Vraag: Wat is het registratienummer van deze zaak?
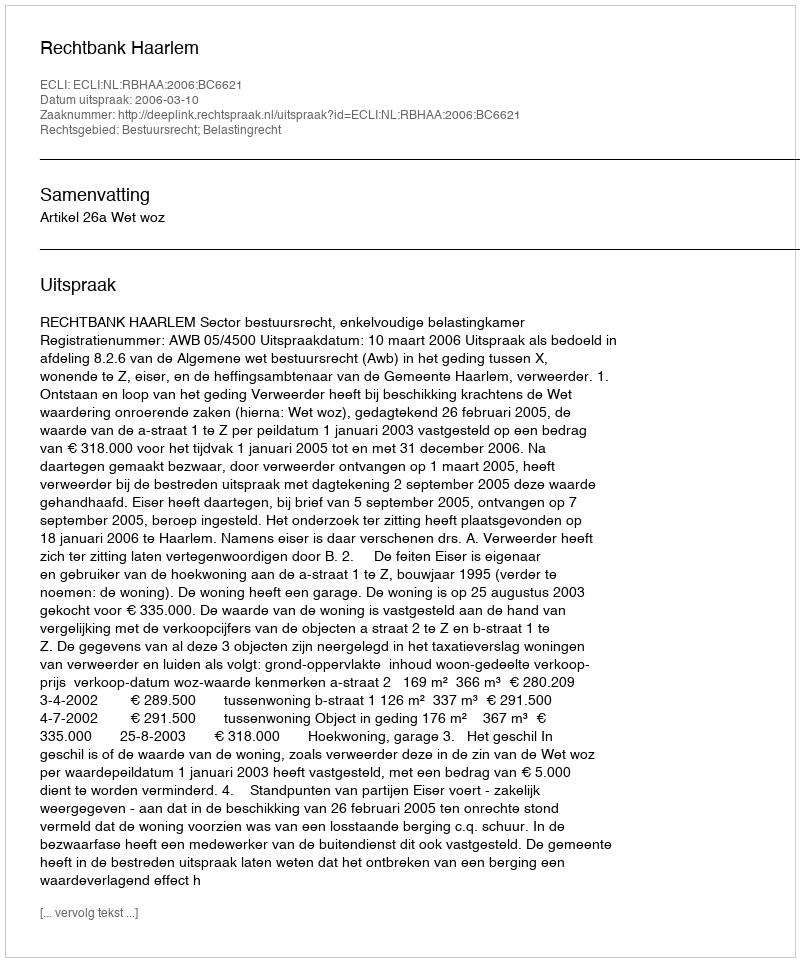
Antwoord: http://deeplink.rechtspraak.nl/uitspraak?id=ECLI:NL:RBHAA:2006:BC6621